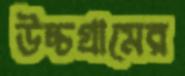
উচ্চগ্রামের